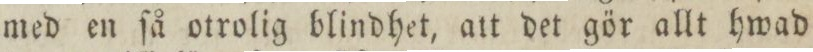
med en ſå otrolig blindhet, att det gör allt hwad